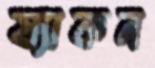
য্যাকন